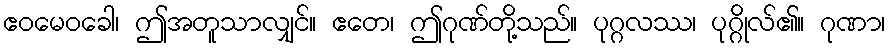
ဧဝမေဝခေါ၊ ဤအတူသာလျှင်။ ဧတေ၊ ဤဂုဏ်တို့သည်။ ပုဂ္ဂလဿ၊ ပုဂ္ဂိုလ်၏။ ဂုဏာ၊